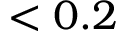
< 0 . 2